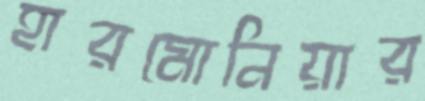
হারমোনিয়ার